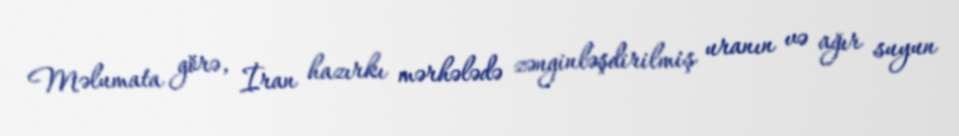
Məlumata görə, İran hazırkı mərhələdə zənginləşdirilmiş uranın və ağır suyun